Indian Medical Review
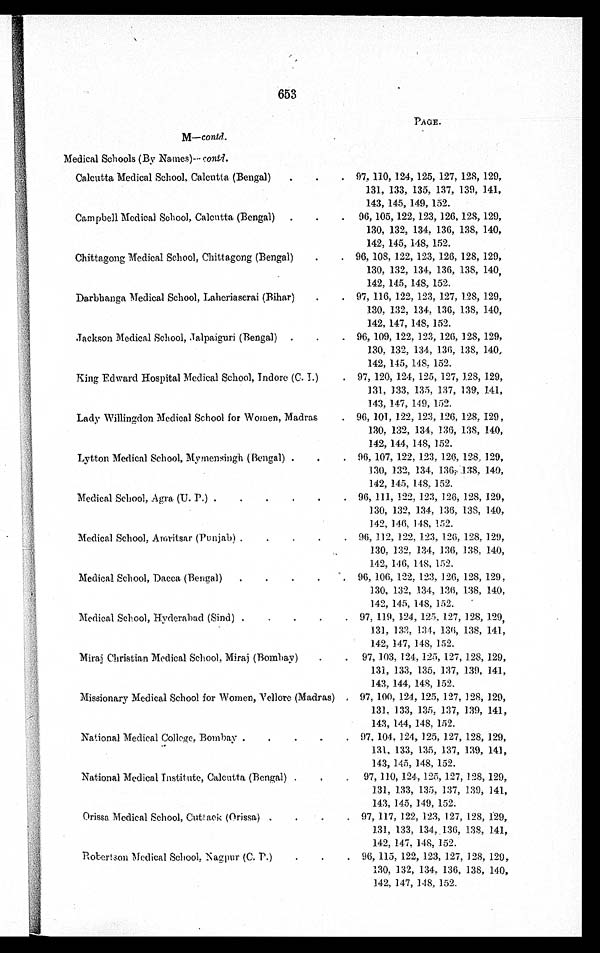
653
M—contd.
PAGE.
Medical Schools (By Names)-- contd.
Calcutta Medical School, Calcutta (Bengal)
.
.
. 97, 110, 124, 125, 127, 128, 129,
131, 133, 135, 137, 139, 141,
143, 145, 1.49, 152.
Campbell Medical School, Calcutta (Bengal)
.
.
. 96, 105, 122, 123, 126, 128, 129,
130, 132, 134, 136, 138, 140,
142, 145, 148, 152.
Chittagong Medical School, Chittagong (Bengal)
.
. 96, 108, 122, 123, 126, 128, 129,
130, 132, 134, 136, 138, 140,
142, 145, 148, 152.
Darbhanga Medical School, Laheriaserai (Bihar)
.
. 97, 116, 122, 123, 127, 128, 129,
130, 1.32, 134, 136, 138, 140,
142, 147, 148, 152.
Jackson Medical School, ,Jalpaiguri (Bengal)
.
.
. 96, 109, 122, 123, 120, 128, 129,
130, 132, 134, 1.30, 138, 140,
142, 145, 148, 152.
King Edward Hospital Medical School, Indore (C. I.)
. 97, 120, 124, 125, 127, 128, 129,
131, 133, 135, 137, 139, 141,
143, 147, 149, 152.
Lady Willingdon Medical School for Women, Madras
. 96, 101, 122, 123, 1.26, 128, 129,
130, 132, 134, 130, 138, 140,
142, 144, 148, 152.
Lytton Medical School, Mymensingh (Bengal) .
.
. 96, 107, 122, 123, 120, 128, 129,
130, 132, 134, 1.36, 138, 140,
142, 145, 148, 152.
Medical School, Agra. (U. P.) .
.
.
.
.
. 96, 111, 122, 123, 126, 128, 129,
130, 132, 134, 136, 138, 140,
142, 146, 148, 152.
Medical School, Amritsar (Punjab) .
.
.
.
. 96, 112, 122, 123, 126, 128, 129,
130, 132, 134, 136, 138, 140,
142, 140, 148, 152.
Medical School, Dacca (Bengal)
.
.
.
.
. 96, 106, 122, 123, 126, 128, 129,
130, 132, 134, 130, 138, 140,
142, 145, 148, 152.
Medical School, Hyderabad (Sind) .
. . . . 97, 119, 124, 125, 127, 128, 129,
131, 133, 134, 136, 138, 141,
143, 144, 148, 152.
Miraj Christian Medical School, Miraj (Bombay)
.
. 97, 103, 124, 125, 127, 128, 129,
131, 133, 135, 137, 139, 1.41,
143, 144, 148, 152.
Missionary Medical School for Women, Vellore (Madras)
. 97, 100, 124, 125, 1.27, 128, 129,
131, 133, 135, 137, 139, 141,
143, 144, 148, 152.
National Medical College, Bombay .
. . . . 97, 104, 124, 125, 127, 128, 129,
131, 133, 135, 137, 139, 141,
143, 145, 148, 152.
National Medical Institute, Calcutta (Bengal) .
. . 97, 110, 124, 125, 127, 128, 129,
131, 133, 135, 137, 139, 141,
143, 145, 149, 152.
Orissa Medical School, Cuttack (Orissa) .
.
.
. 97, 117, 122, 123, 127, 128, 129,
131, 133, 134, 136, 138, 141,
142, 147, 148, 152.
Robertson Medical School, Nagpur (C. P.)
.
.
. 96, 115, 122, 123, 127, 128, 129,
130, 132, 134, 136, 138, 140,
142, 147, 118, 152.